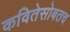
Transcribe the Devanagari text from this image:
कवितेसोबतच